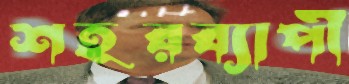
শহরব্যাপী